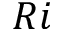
R i